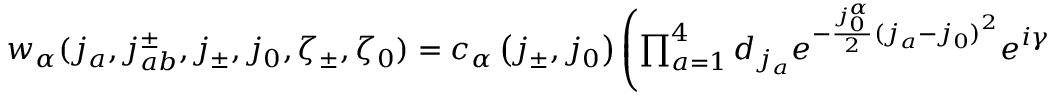
\begin{array} { r } { w _ { \alpha } ( j _ { a } , j _ { a b } ^ { \pm } , j _ { \pm } , j _ { 0 } , \zeta _ { \pm } , \zeta _ { 0 } ) = c _ { \alpha } \left( j _ { \pm } , j _ { 0 } \right) \left( \prod _ { a = 1 } ^ { 4 } d _ { j _ { a } } e ^ { - \frac { j _ { 0 } ^ { \alpha } } { 2 } { ( j _ { a } - j _ { 0 } ) } ^ { 2 } } e ^ { i \gamma \zeta _ { 0 } j _ { a } } \right) \left( \prod _ { a b , \pm } d _ { j _ { a b } ^ { \pm } } e ^ { - \frac { j _ { \pm } ^ { \alpha } } { 2 } ( j _ { a b } ^ { \pm } - j _ { \pm } ) ^ { 2 } } e ^ { i \gamma \zeta _ { \pm } j _ { a b } ^ { \pm } } \right) \ , } \end{array}